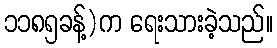
၁၁၈၅ခန့်)က ရေးသားခဲ့သည်။